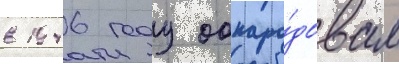
в 1946 году обнаро́довал